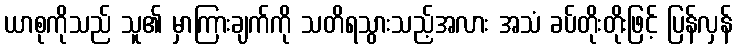
ယာစုကိုသည် သူ၏ မှာကြားချက်ကို သတိရသွားသည့်အလား အသံ ခပ်တိုးတိုးဖြင့် ပြန်လှန်